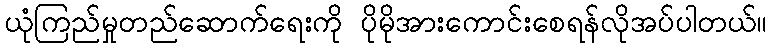
ယုံကြည်မှုတည်ဆောက်ရေးကို ပိုမိုအားကောင်းစေရန်လိုအပ်ပါတယ်။